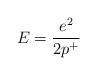
LaTeX: \begin{align*}E = \frac{e^2}{ 2p^+} \end{align*}